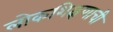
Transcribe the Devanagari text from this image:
लोकशिक्षणाची